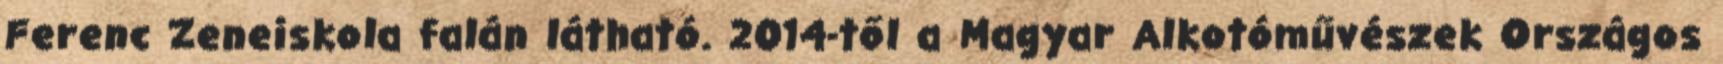
Ferenc Zeneiskola falán látható. 2014-től a Magyar Alkotóművészek Országos